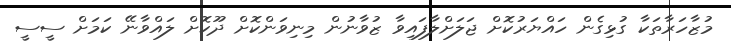
މުޒާހަރާތަކާ ގުޅިގެން ހައްޔަރުކޮށް ޖަލަށްލާފައިވާ ޒުވާނުން މިނިވަންކޮށް ދޫކޮށް ލައްވާނޭ ކަމަށް ސީސީ